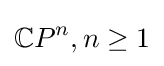
\mathbb {C} P^{n},n\geq 1